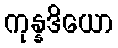
ကုန္နဒိယော